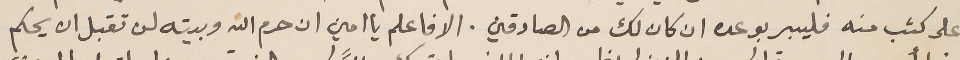
على كثب منه فليبر بوعده ان كان لك من الصادقين. الا فاعلم يا امين ان حرم الله وبيته لن تقبل ان يحكم